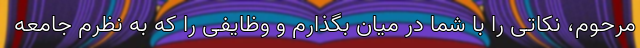
مرحوم، نکاتی را با شما در میان بگذارم و وظایفی را که به نظرم جامعه